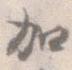
加